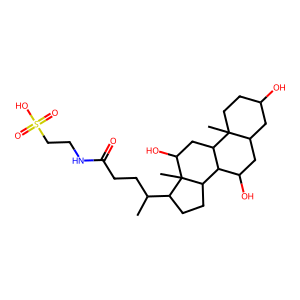
SMILES: CC(CCC(=O)NCCS(=O)(=O)O)C1CCC2C3C(O)CC4CC(O)CCC4(C)C3CC(O)C12C
Inhibits HIV replication: No